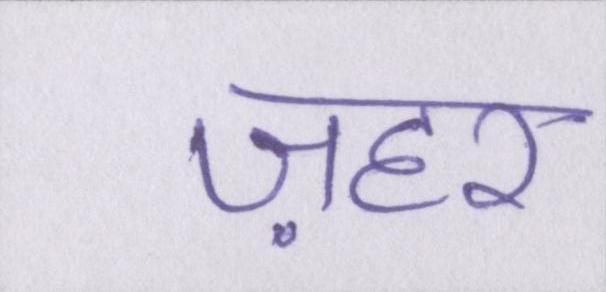
ज़हर